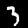
Label: 3